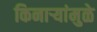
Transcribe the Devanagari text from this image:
किनाऱ्यांमुळे